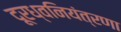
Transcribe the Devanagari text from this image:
दूरध्वनियंत्रणा